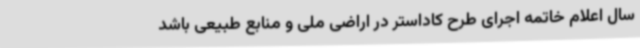
سال اعلام خاتمه اجرای طرح کاداستر در اراضی ملی و منابع طبیعی باشد